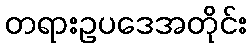
တရားဥပဒေအတိုင်း